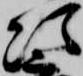
次